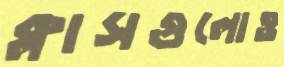
ক্লাসগুলোও